Vaccination in Burma 1900-1911 - 1900-1911
Year: 1900
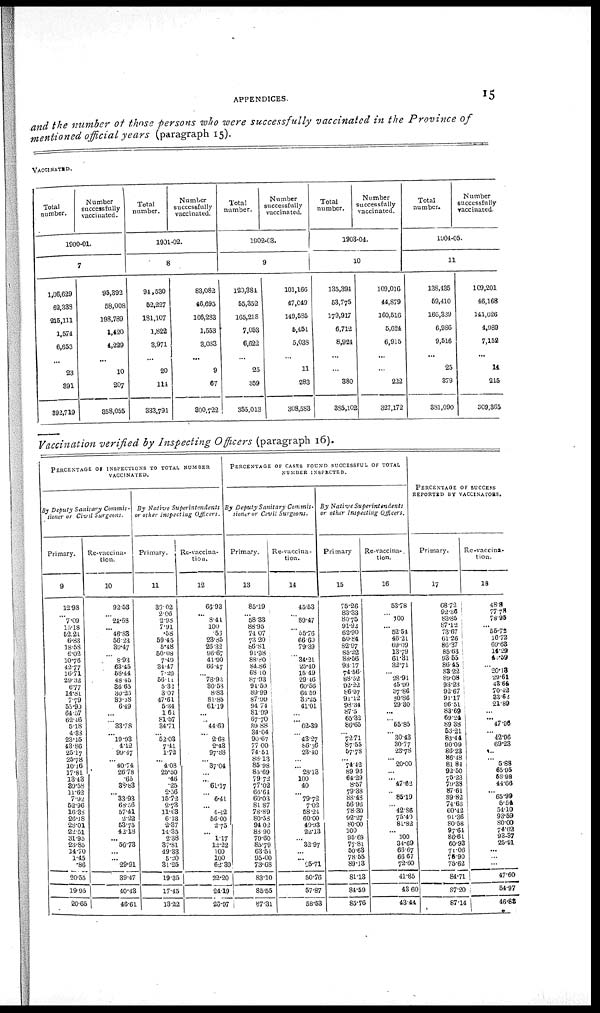
APPENDICES.
15
and the number of those persons who were successfully vaccinated in the Province of
mentioned official years (paragraph 15).
VACCINATED
Total
number.
Number
successfully
vaccinated.
1900-01.
7
1,06,629
63,383
216,111
1,574
6,653
23
891
892,719
95,392
58,008
198,789
1,420
4,229
10
207
858,055
Total
number.
Number
successfully
vaccinated.
1901-02.
8
94,530
52,227
181,107
1,822
8,971
20
114
333,791
83,082
46,695
166,233
1,553
8,033
9
67
800,722
Total
number.
Number
successfully
vaccinated.
1902-03.
9
129,384
65,352
165,218
7,053
6,622
25
359
355,013
101,160
47,049
149,585
5,451
5,038
11
283
308,583
Total
number.
Number
successfully
vaccinated.
1903-04.
10
135,394
63,775
179,917
6,712
8,924
...
380
385,102
109,016
44,879
160,516
5,624
6,915
...
222
327,172
Total
number.
Number
successfully
vaccinated.
1904-05.
11
138,135
69,410
166,339
6,986
9,516
25
379
381,090
109,201
46,168
141,626
4,989
7,152
14
215
309,365
Vaccination verified by Inspecting Officers (paragraph 16).
PERCENTAGE OF INSPECTIONS TO TOTAL NUMBER
VACCINATED.
By Deputy Sanitary Commis-
sioner or Civil Surgeons.
Primary.
9
12.98
... 7.09
15.18
52.21
6.83
18.58
6.02
10.76
42.77
16.71
29.32
6.77
14.81
7.79
55.90
64.67
62.16
5.18
4.33
23.15
43.86
25.17
25.78
10.16
17.81
13.43
89.58
11.62
7.92
52.96
16.83
26.1S
28.01
22.51
31.95
23.85
14.70
1.45
.86
20.55
19.95
20.65
Re-vaccina-
tion.
10
92.53
...
24.68
... 46.83
56.23
39.47
...
8.93
63.45
63.44
48.45
36.65
30.25
89.28
6.49
...
...
33.78
...
19.93
4.12
99.47
...
40.74
26.78
.65
38.83
...
33.93
68.56
57.41
2.22
53.75
42.18
... 56.73
...
... 29.91
39.47
40.43
46.61
By Native
Superintendents
or other inspecting
Officers.
Primary.
11
36.02
2.06
2.93
7.91
.58
59.45
5.48
50.08
7.49
34.47
7.29
56.11
5.32
3.07
47.61
5.34
1.64
81.57
34.71
... 52.03
7.41
1.72
... 4.03
25.50
.46
.25
2.56
15.72
2.73
11.68
6.18
2.37
14.35
2.38
37.81
49.33
5.20
31.25
19.35
17.45
13.22
Re-vaccina-
tion.
12
66.93
... 8.41
100
.53
23.85
26.32
96.67
41.90
66.47
...
78.93
30.53
8.83
81.85
61.19
... ... 44.69
... 2.63
2.43
97.88
...
37.04
...
...
61.17
...
6.41
... 4.42
56.00
2.75
...
1.17
12.22
100
100
62.39
22.20
24.19
23.97
PERCENTAGE OF CASES FOUND SUCCESSFUL OF TOTAL
NUMBER INSPECTED.
By Deputy Sanitary Commis-
sioner or Civil Surgeons.
Primary.
13
85.19
... 58.33
88.95
74.07
73.20
86.81
91.38
88.80
84.36
68.10
87.93
94.59
89.99
87.99
94.74
81.99
67.70
89.88
34.04
90.67
77.00
74.51
88.13
85.98
85.69
79.72
77.02
66.64
60.03
81.87
78.89
80.53
94.02
88.90
79.60
85.79
63.51
95.00
73.68
83.10
85.55
87.31
Re-vaccina-
tion.
14
45.53
...
89.47
..
55.76
66.60
79.39
...
34.21
25.40
15.49
29.46
60.56
64.50
33.25
41.01
...
...
62.39
...
43.27
86.36
28.40
...
...
28.18
100
40
...
79.72
7.02
58.21
60.00
40.93
22.13
...
32.97
... ... 25.71
50.76
57.87
58.53
By Native
Superintendents
or other Inspecting Officers.
Primary
15
75.26
83.33
80.75
91.92
62.90
50.84
82.97
85.22
88.56
93.17
74.56
83.52
92.22
86.97
91.12
93.34
87.5
65.32
86.65
... 72.71
87.55
57.78
... 74.42
89.96
64.29
8.57
79.38
88.48
56.96
78.30
92.27
80.00
100
95.68
77.81
50.63
78.55
89.13
81.13
84.59
85.76
Re-vaccina-.
tion.
16
53.78
...
100
...
52.54
46.21
69.09
13.79
61.81
32.71
... 28.91
45.99
37.86
50.86
29.30
...
...
55.85
...
30.43
30.77
28.78
... 20.00
... ... 47.62
...
85.19
...
42.86
75.40
81.82
...
100
34.69
66.67
66.67
72.60
41.35
43.60
43.44
PERCENTAGE OF SUCCESS
REPORTED BY VACCINATORS.
Primary.
17
68.72
92.36
83.85
87.12
73.67
61.26
86.37
85.63
93.55
86.45
83.22
80.08
93.23
92.67
91.17
96.51
83.69
69.24
89.38
53.21
83.44
90.00
86.23
86.48
81.84
92.60
75.23
79.38
87.61
89.82
74.63
60.42
91.36
80.58
97.61
86.61
60.93
71.06
75.90
75.62
84.71
87.20
87.14
Re-vaccina-
tion.
18
48.8
77.78
78.95
... 55.72
16.72
69.68
14.29
43.59
...
20.18
29.61
43.64
70.42
33.62
21.89
...
...
47.95
...
42.96
69.23
...
...
5.88
65.95
63.98
44.66
... 65.99
5.54
54.10
93.59
80.00
74.62
93.37
25.91
...
...
...
47.60
54.97
46.88